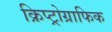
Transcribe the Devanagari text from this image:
क्रिप्ट्रोग्राफिक